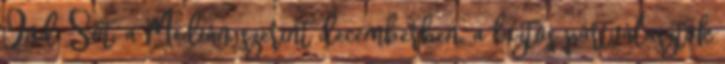
Ond: Sőt, a Medián szerint decemberben, a biztos pártválasztók